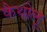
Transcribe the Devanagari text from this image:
कैथोलू